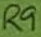
Text: R9